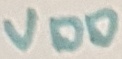
Text: VDD